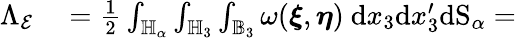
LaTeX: \begin{array}{rl}{\Lambda_{\mathcal{E}}}&{{}=\frac{1}{2}\int_{\mathbb{H}_{\alpha}}\int_{\mathbb{H}_{3}}\int_{\mathbb{B}_{3}}\omega(\boldsymbol{\xi},\boldsymbol{\eta})\ \textup{d}x_{3}\textup{d}x_{3}^{\prime}\textup{dS}_{\alpha}=}\end{array}